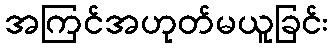
အကြင်အဟုတ်မယူခြင်း